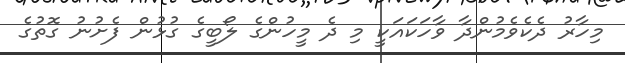
މިހާރު ދެކެވެމުންދާ ވާހަކައަކީ މި ދެ މީހުންގެ ލޯބީގެ ގުޅުން ފެށުނު ގޮތުގެ